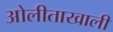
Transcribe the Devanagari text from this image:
ओलीताखाली